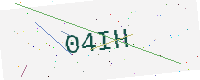
Text: 04IH